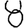
Digit: 8